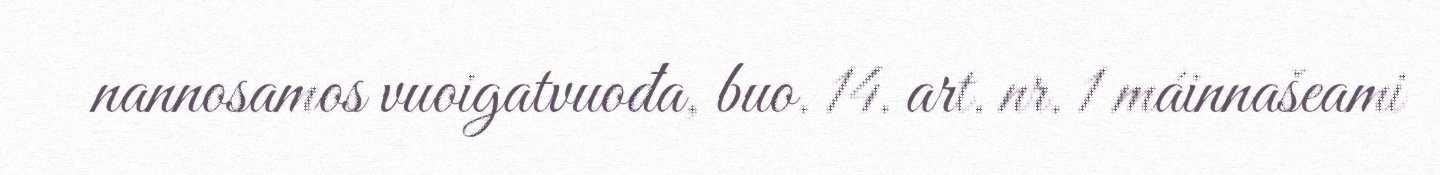
nannosamos vuoigatvuođa, buo. 14. art. nr. 1 máinnašeami